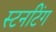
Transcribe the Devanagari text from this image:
स्टनटिंग